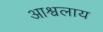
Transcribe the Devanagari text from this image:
आश्वलाय